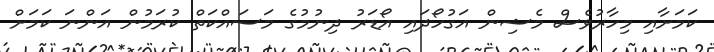
ކަމަށާއި މިހާރުވެސް މެޝިން އަގުހޯދައި އޯޑަރު ދިނުމުގެ މަސައްކަތް ކުރަމުން އަންނަ ކަމަށް